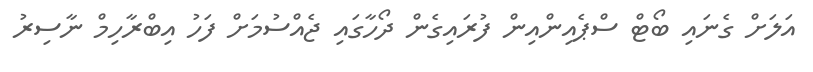
އަލަށް ގެނައި ބޯޓް ސްޕެއިންއިން ފުރައިގެން ދޯހާގައި ޖެއްސުމަށް ފަހު އިބްރާހިމް ނާސިރު